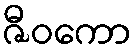
ဇီဝကော